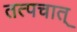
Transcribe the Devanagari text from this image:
तत्पचात्